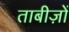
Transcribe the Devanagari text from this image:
ताबीज़ों